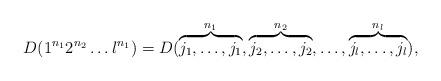
LaTeX: \begin{align*}D(1^{n_1} 2^{n_2} \ldots l^{n_1}) = D(\overbrace{j_1, \ldots, j_1}^{n_1}, \overbrace{j_2, \ldots, j_2}^{n_2}, \ldots, \overbrace{j_l, \ldots, j_l}^{n_l}),\end{align*}